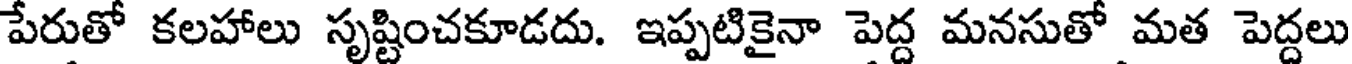
పేరుతో కలహాలు సృష్టించకూడదు. ఇప్పటికైనా పెద్ద మనసుతో మత పెద్దలు